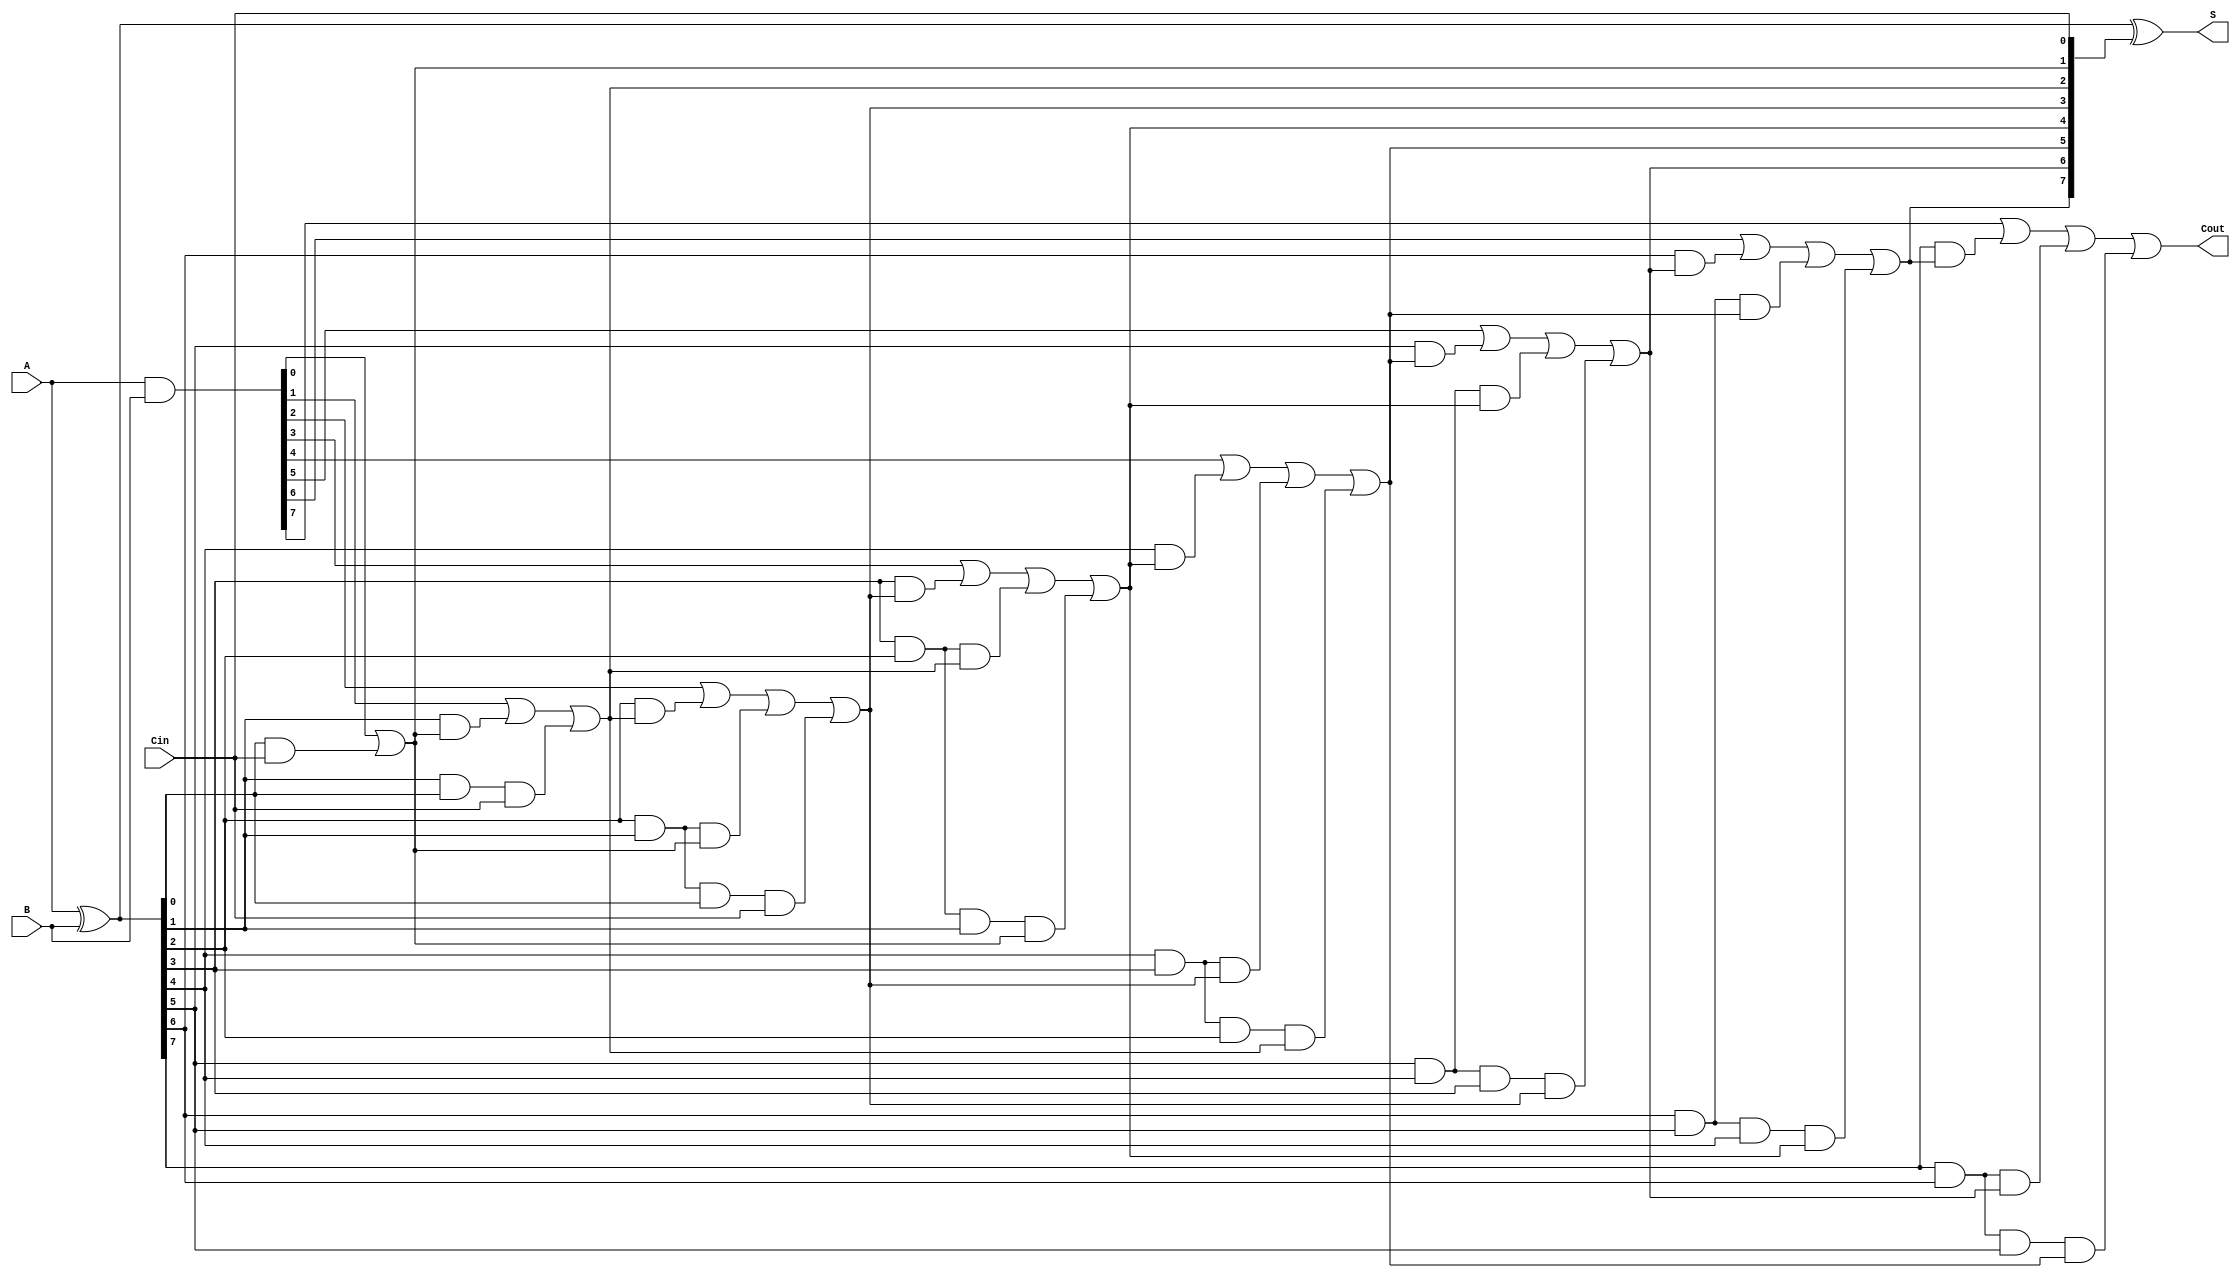
module ParallelPrefixAdder #(parameter n = 8) (
    input  [n-1:0] A,       // First n-bit number
    input  [n-1:0] B,       // Second n-bit number
    input         Cin,       // Carry in
    output [n-1:0] S,       // Sum output
    output        Cout       // Carry out
);

    // Generate and Propagate signals
    wire [n-1:0] G; // Generate
    wire [n-1:0] P; // Propagate
    wire [n:0] C;    // Carry signals

    // Generate and Propagate computations
    assign G = A & B;      // G[i] = A[i] AND B[i]
    assign P = A ^ B;      // P[i] = A[i] XOR B[i]

    // Carry computation
    assign C[0] = Cin; // Carry-in

    genvar i;
    generate
        // Kogge-Stone carry generation
        for (i = 0; i < n; i = i + 1) begin
            if (i == 0) begin
                assign C[i+1] = G[i] | (P[i] & C[i]);
            end else if (i == 1) begin
                assign C[i+1] = G[i] | (P[i] & C[i]) | (P[i] & P[i-1] & C[i-1]);
            end else if (i < n - 1) begin
                assign C[i+1] = G[i] | (P[i] & C[i]) | (P[i] & P[i-1] & C[i-1]) | (P[i] & P[i-1] & P[i-2] & C[i-2]);
            end else begin
                assign C[i+1] = G[i] | (P[i] & C[i]) | (P[i] & P[i-1] & C[i-1]) | (P[i] & P[i-1] & P[i-2] & C[i-2]);
            end
        end
    endgenerate

    // Final sum calculation
    assign S = P ^ C[n-1:0]; // S[i] = P[i] XOR C[i]

    // Final carry-out
    assign Cout = C[n];

endmodule